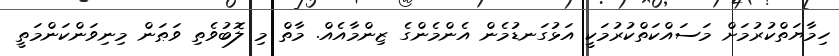
ހިމާޔަތްކުރުމަށް މަސައްކަތްކުރުމަކީ އަޅުގަނޑުމެން އެންމެންގެ ޒިންމާއެއް. މާތް މި ލޮބުވެތި ވަޠަން މިނިވަންކަންމަތީ